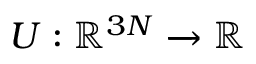
U : \mathbb { R } ^ { 3 N } \xrightarrow { } \mathbb { R }